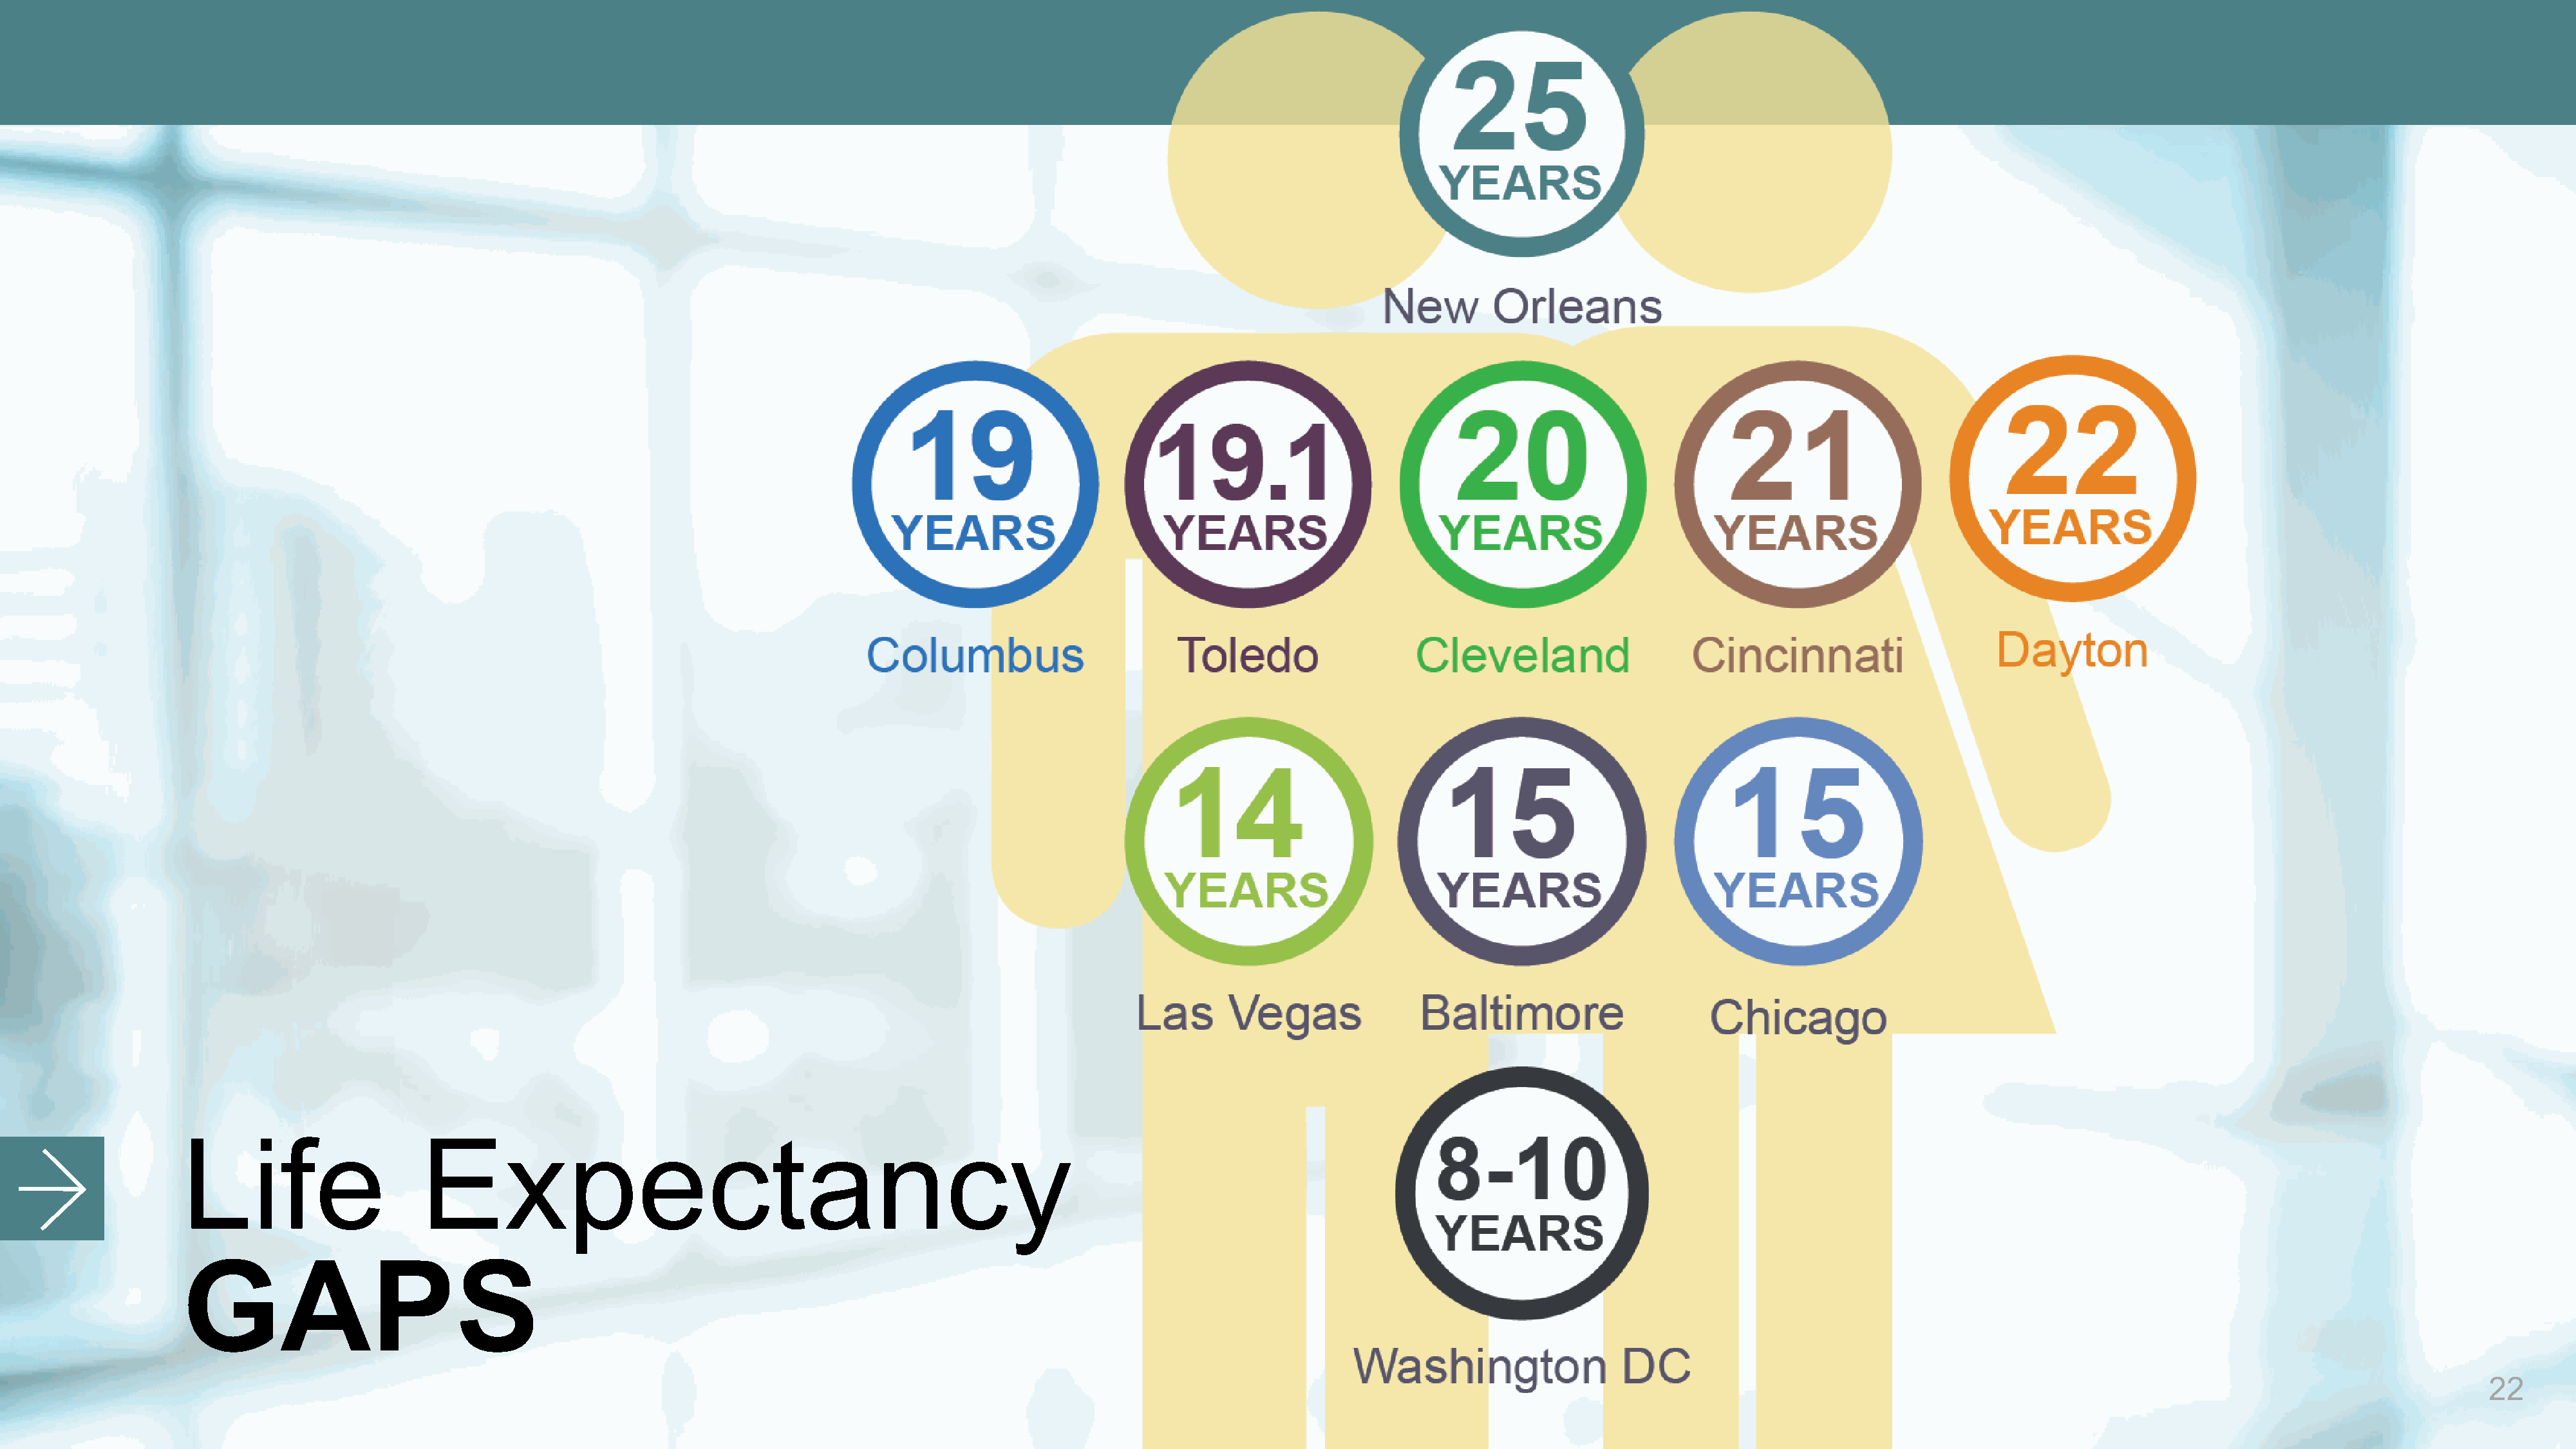
Life                    Expectancy
 GAPS
 22